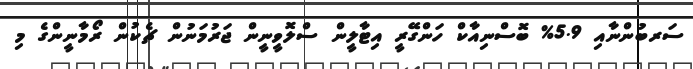
ސަރބުންނާއި 5.9% ބޮސްނިއާކް ހަންގޭރީ އިޓާލީން ސްލޮވީނީން ޖަރުމަނުން ޗެކުން ރޯމާނީންގެ މި